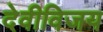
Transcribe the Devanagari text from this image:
देवीविजय